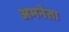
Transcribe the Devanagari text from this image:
अभनेता